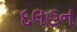
દલહન